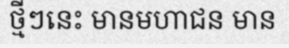
ថ្មីៗនេះ មានមហាជន មាន